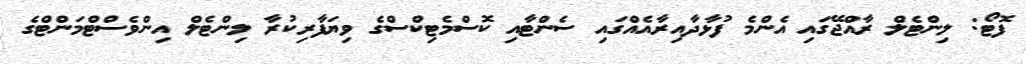
ފޮޓޯ: ލިންޓެލް ރާއްޖޭގައި އެންމެ ފުޅާދާއިރާއެއްގައި ސެންޓާއި ކޮސްމެޓިކްސްގެ ވިޔަފާރިކުރާ ލިންޓެލް އިންވެސްޓްމަންޓްގެ